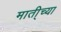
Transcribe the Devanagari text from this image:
माती्च्या